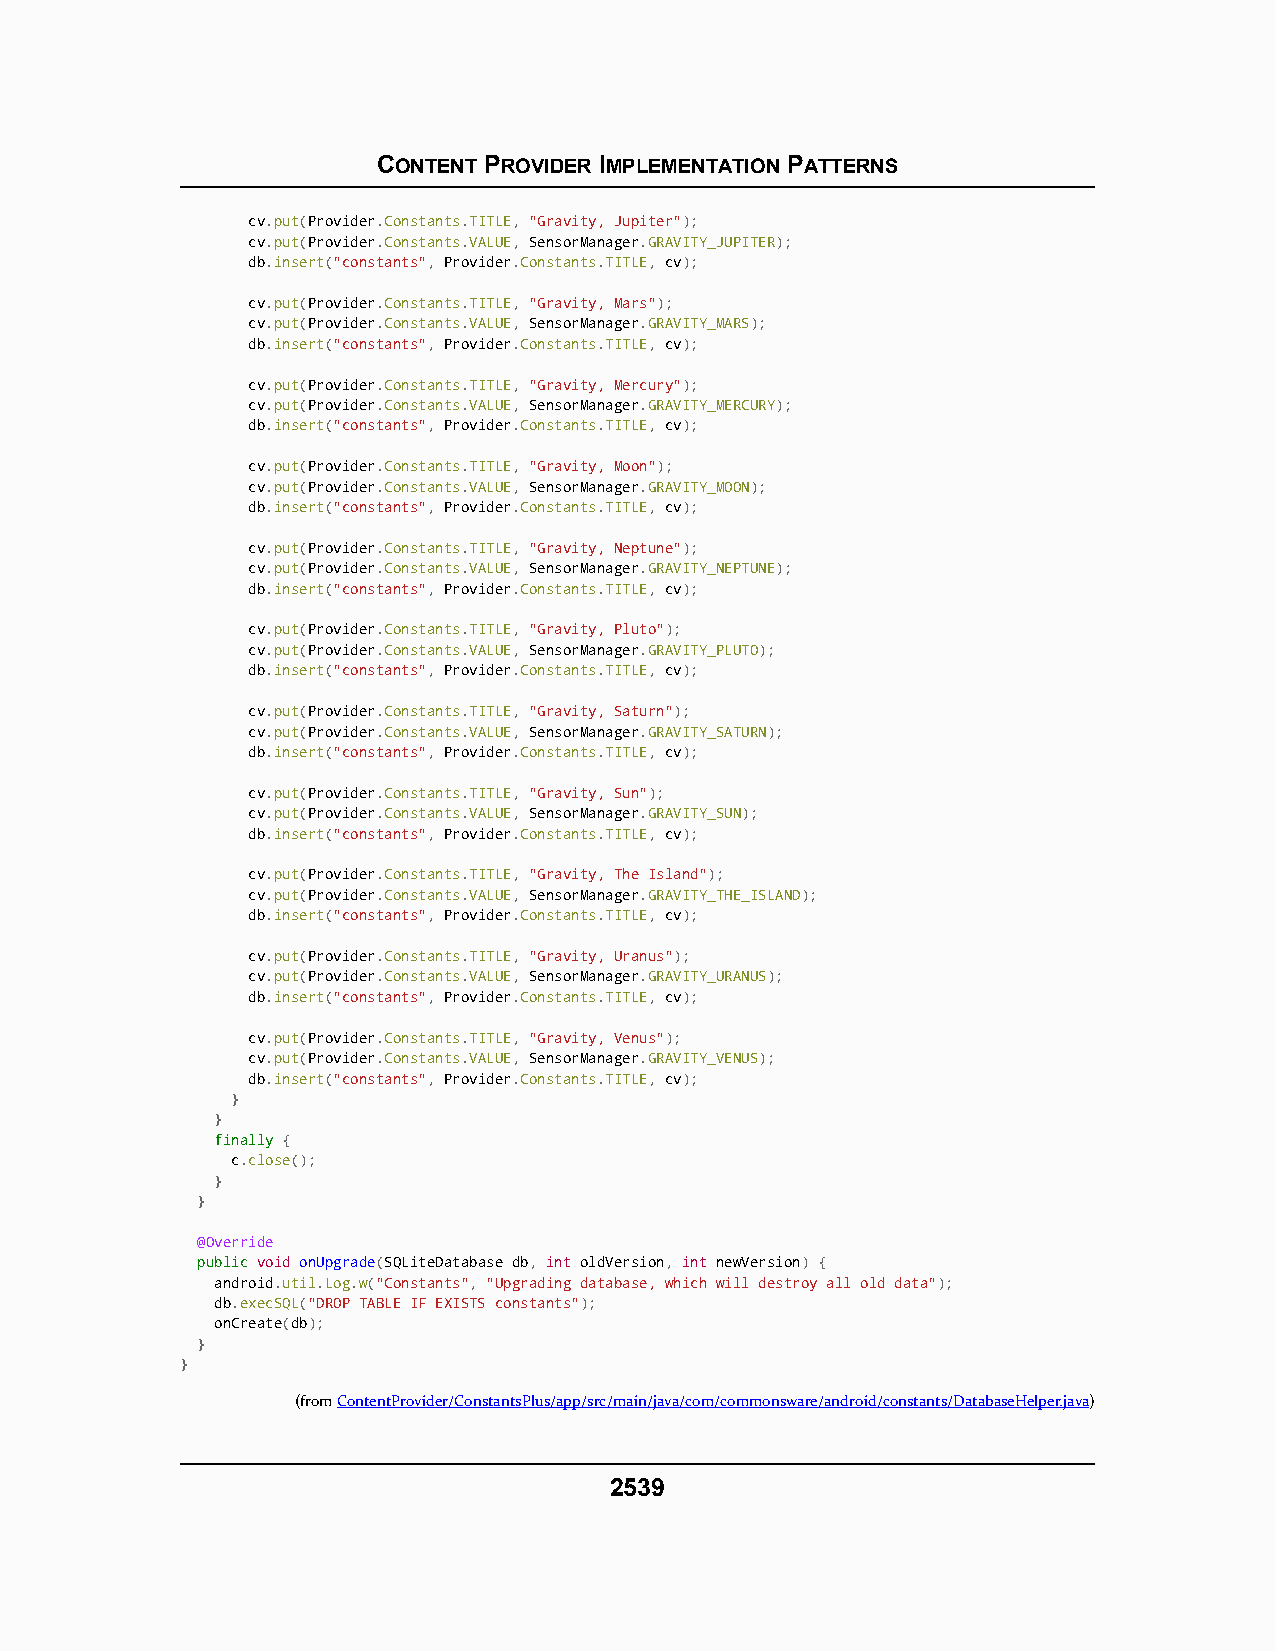
CONTENT PROVIDER IMPLEMENTATION PATTERNS
 cv.put(Provider.Constants.TITLE, "Gravity, Jupiter");
 cv.put(Provider.Constants.VALUE, SensorManager.GRAVITY_JUPITER);
 db.insert("constants", Provider.Constants.TITLE, cv);
 cv.put(Provider.Constants.TITLE, "Gravity, Mars");
 cv.put(Provider.Constants.VALUE, SensorManager.GRAVITY_MARS);
 db.insert("constants", Provider.Constants.TITLE, cv);
 cv.put(Provider.Constants.TITLE, "Gravity, Mercury");
 cv.put(Provider.Constants.VALUE, SensorManager.GRAVITY_MERCURY);
 db.insert("constants", Provider.Constants.TITLE, cv);
 cv.put(Provider.Constants.TITLE, "Gravity, Moon");
 cv.put(Provider.Constants.VALUE, SensorManager.GRAVITY_MOON);
 db.insert("constants", Provider.Constants.TITLE, cv);
 cv.put(Provider.Constants.TITLE, "Gravity, Neptune");
 cv.put(Provider.Constants.VALUE, SensorManager.GRAVITY_NEPTUNE);
 db.insert("constants", Provider.Constants.TITLE, cv);
 cv.put(Provider.Constants.TITLE, "Gravity, Pluto");
 cv.put(Provider.Constants.VALUE, SensorManager.GRAVITY_PLUTO);
 db.insert("constants", Provider.Constants.TITLE, cv);
 cv.put(Provider.Constants.TITLE, "Gravity, Saturn");
 cv.put(Provider.Constants.VALUE, SensorManager.GRAVITY_SATURN);
 db.insert("constants", Provider.Constants.TITLE, cv);
 cv.put(Provider.Constants.TITLE, "Gravity, Sun");
 cv.put(Provider.Constants.VALUE, SensorManager.GRAVITY_SUN);
 db.insert("constants", Provider.Constants.TITLE, cv);
 cv.put(Provider.Constants.TITLE, "Gravity, The Island");
 cv.put(Provider.Constants.VALUE, SensorManager.GRAVITY_THE_ISLAND);
 db.insert("constants", Provider.Constants.TITLE, cv);
 cv.put(Provider.Constants.TITLE, "Gravity, Uranus");
 cv.put(Provider.Constants.VALUE, SensorManager.GRAVITY_URANUS);
 db.insert("constants", Provider.Constants.TITLE, cv);
 cv.put(Provider.Constants.TITLE, "Gravity, Venus");
 cv.put(Provider.Constants.VALUE, SensorManager.GRAVITY_VENUS);
 db.insert("constants", Provider.Constants.TITLE, cv);
 }
 }
 ffiinnaallllyy {
 c.close();
 }
 }
 @Override
 ppuubblliicc void onUpgrade(SQLiteDatabase db, int oldVersion, int newVersion) {
 android.util.Log.w("Constants", "Upgrading database, which will destroy all old data");
 db.execSQL("DROP TABLE IF EXISTS constants");
 onCreate(db);
 }
 }
 (fromContentProvider/ConstantsPlus/app/src/main/java/com/commonsware/android/constants/DatabaseHelper.java)
 2539